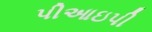
પીઆઇપી